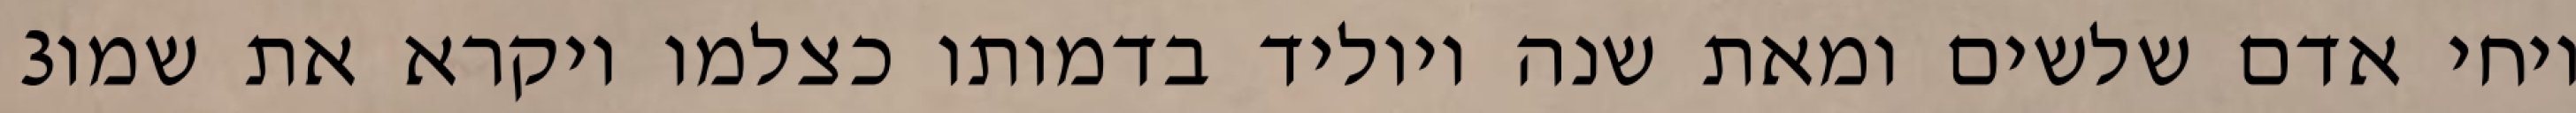
‎3‏ ויחי אדם שלשים ומאת שנה ויוליד בדמותו כצלמו ויקרא את שמו